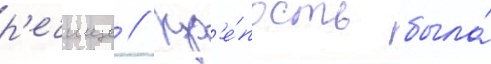
р'ечище // Кр'е́пость была́